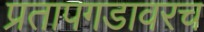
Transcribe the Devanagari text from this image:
प्रतापगडावरच